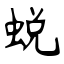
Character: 蜕